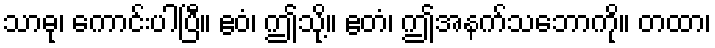
သာဓု၊ ကောင်းပါပြီ။ ဧဝံ၊ ဤသို့။ ဧတံ၊ ဤအနက်သဘောကို။ တထာ၊